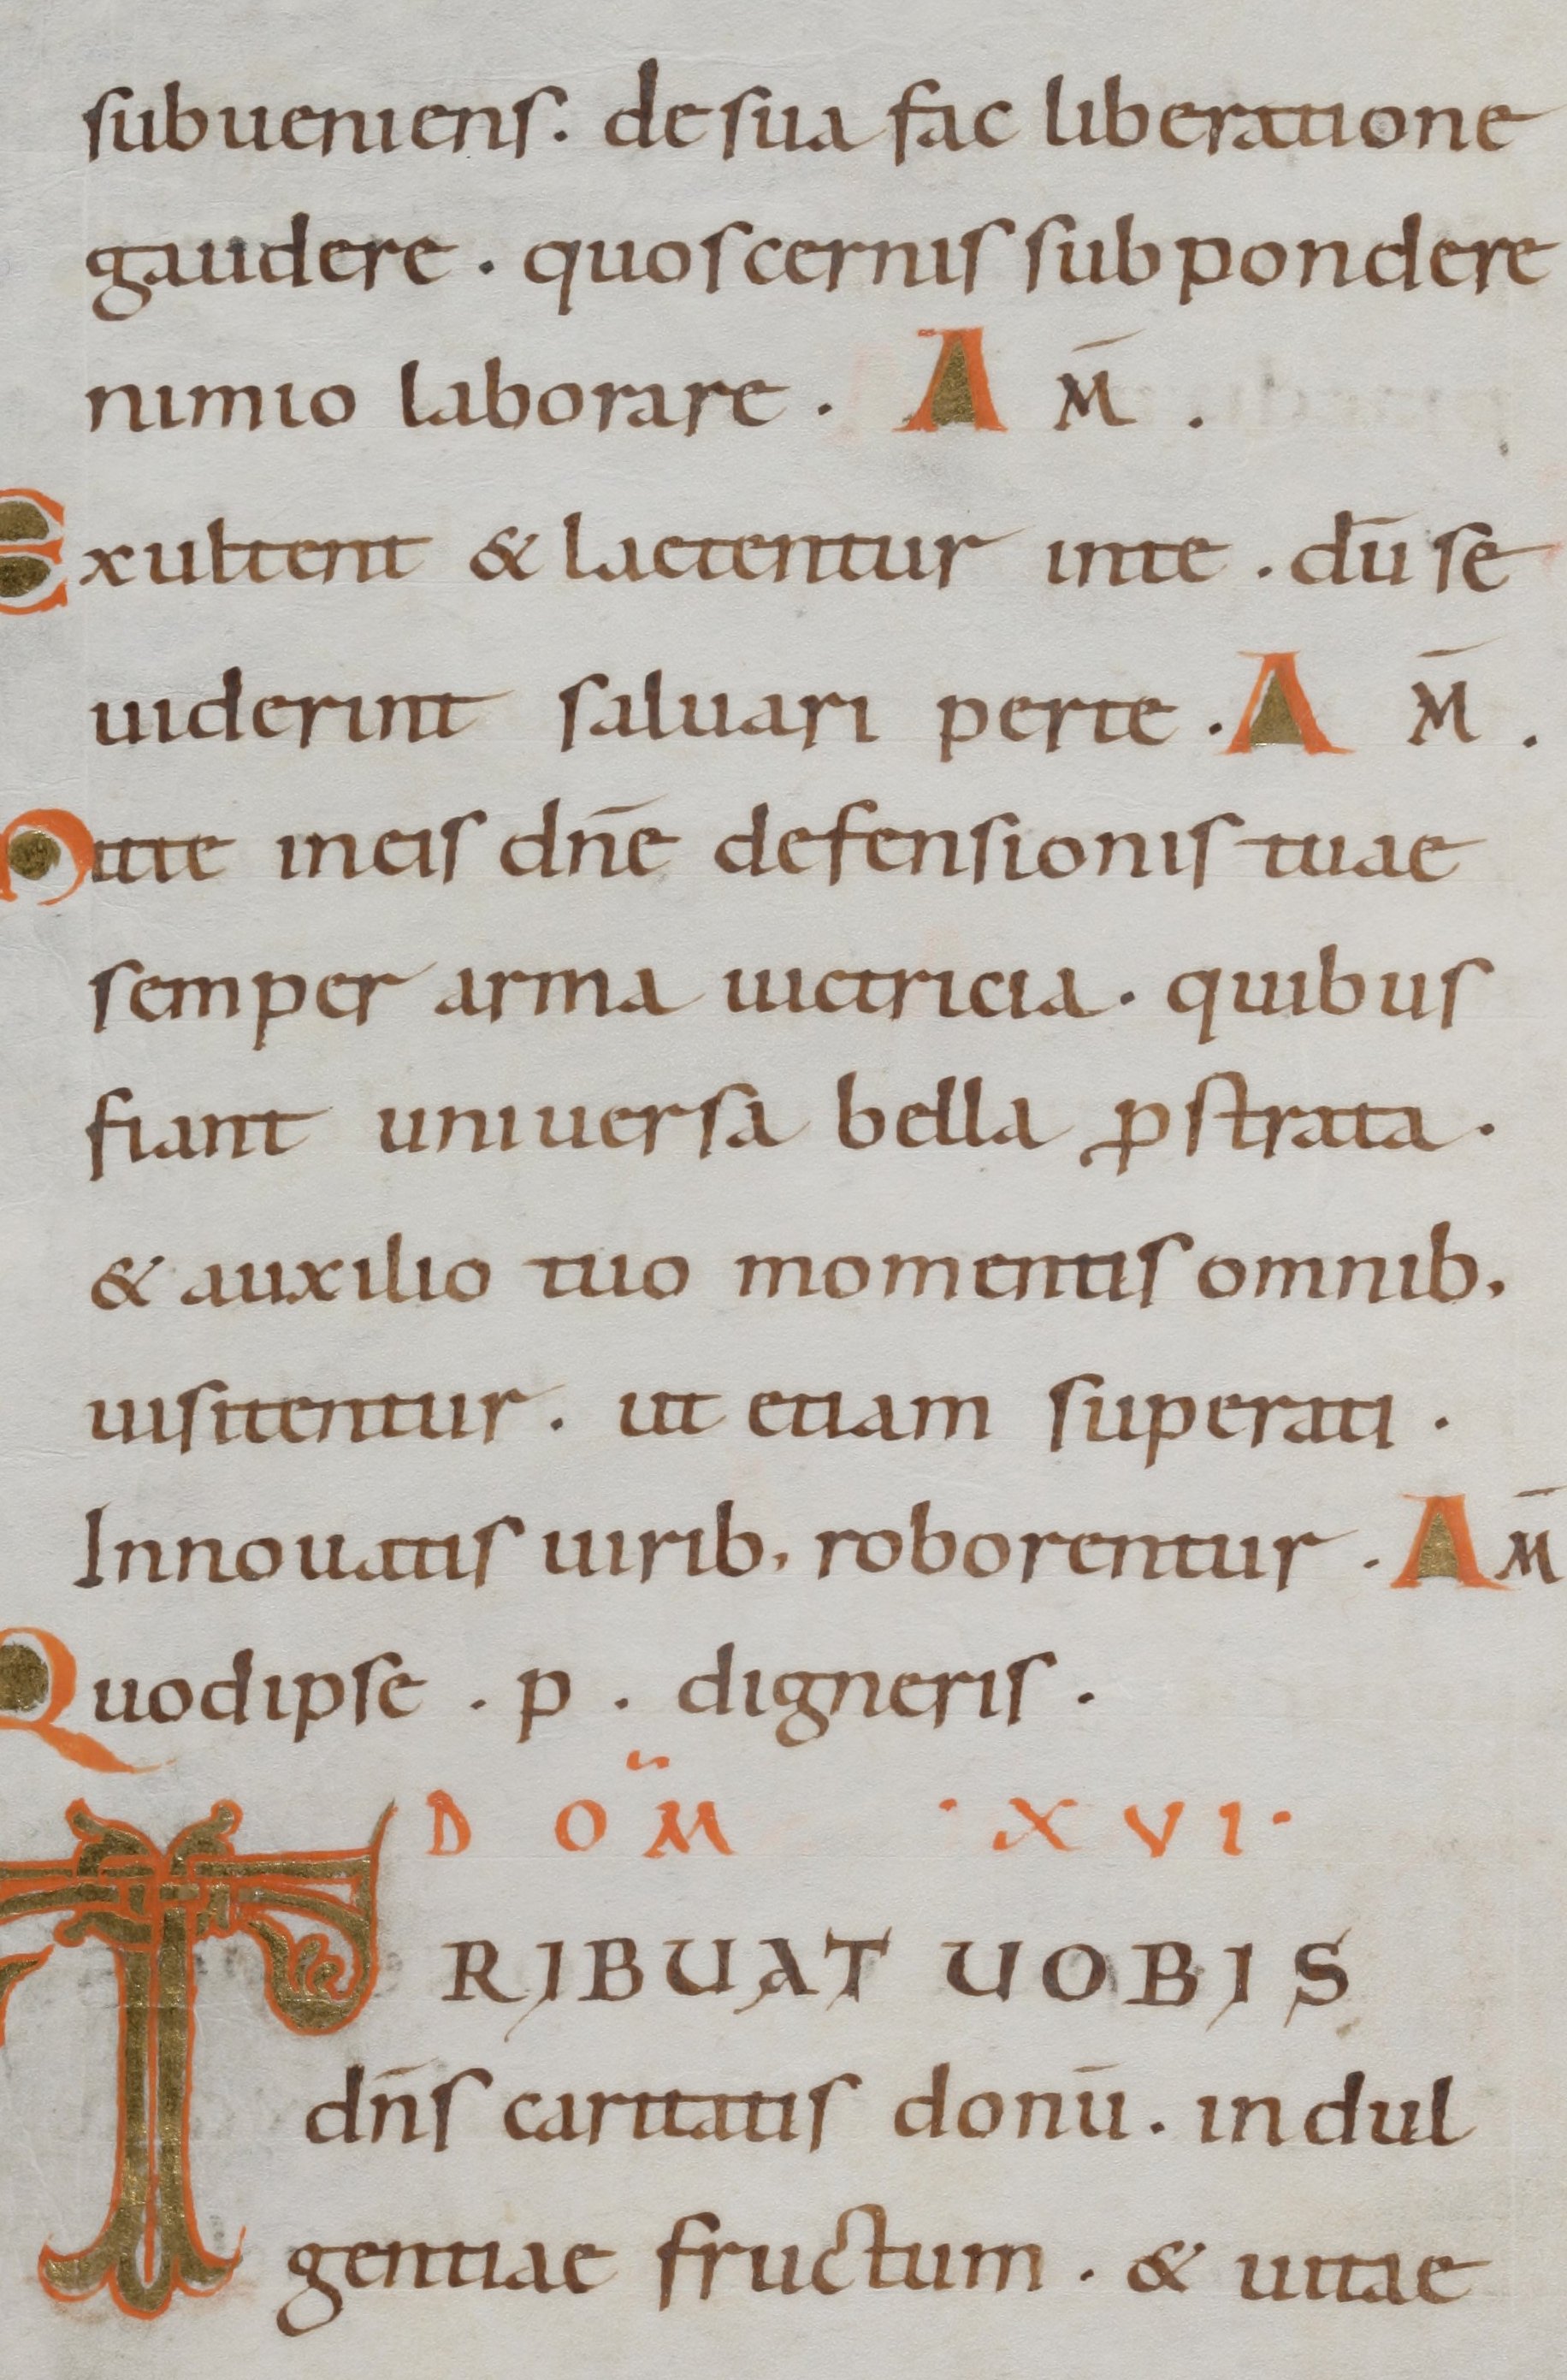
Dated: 1000–1099